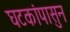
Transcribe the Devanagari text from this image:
घटकांपासुन